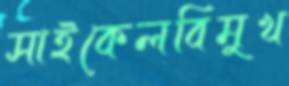
সাইকেলবিমুখ